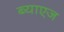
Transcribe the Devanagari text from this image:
ब्याएज